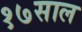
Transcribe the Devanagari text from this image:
१७साल